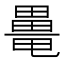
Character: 𤳍